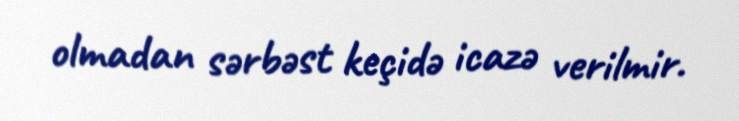
olmadan sərbəst keçidə icazə verilmir.